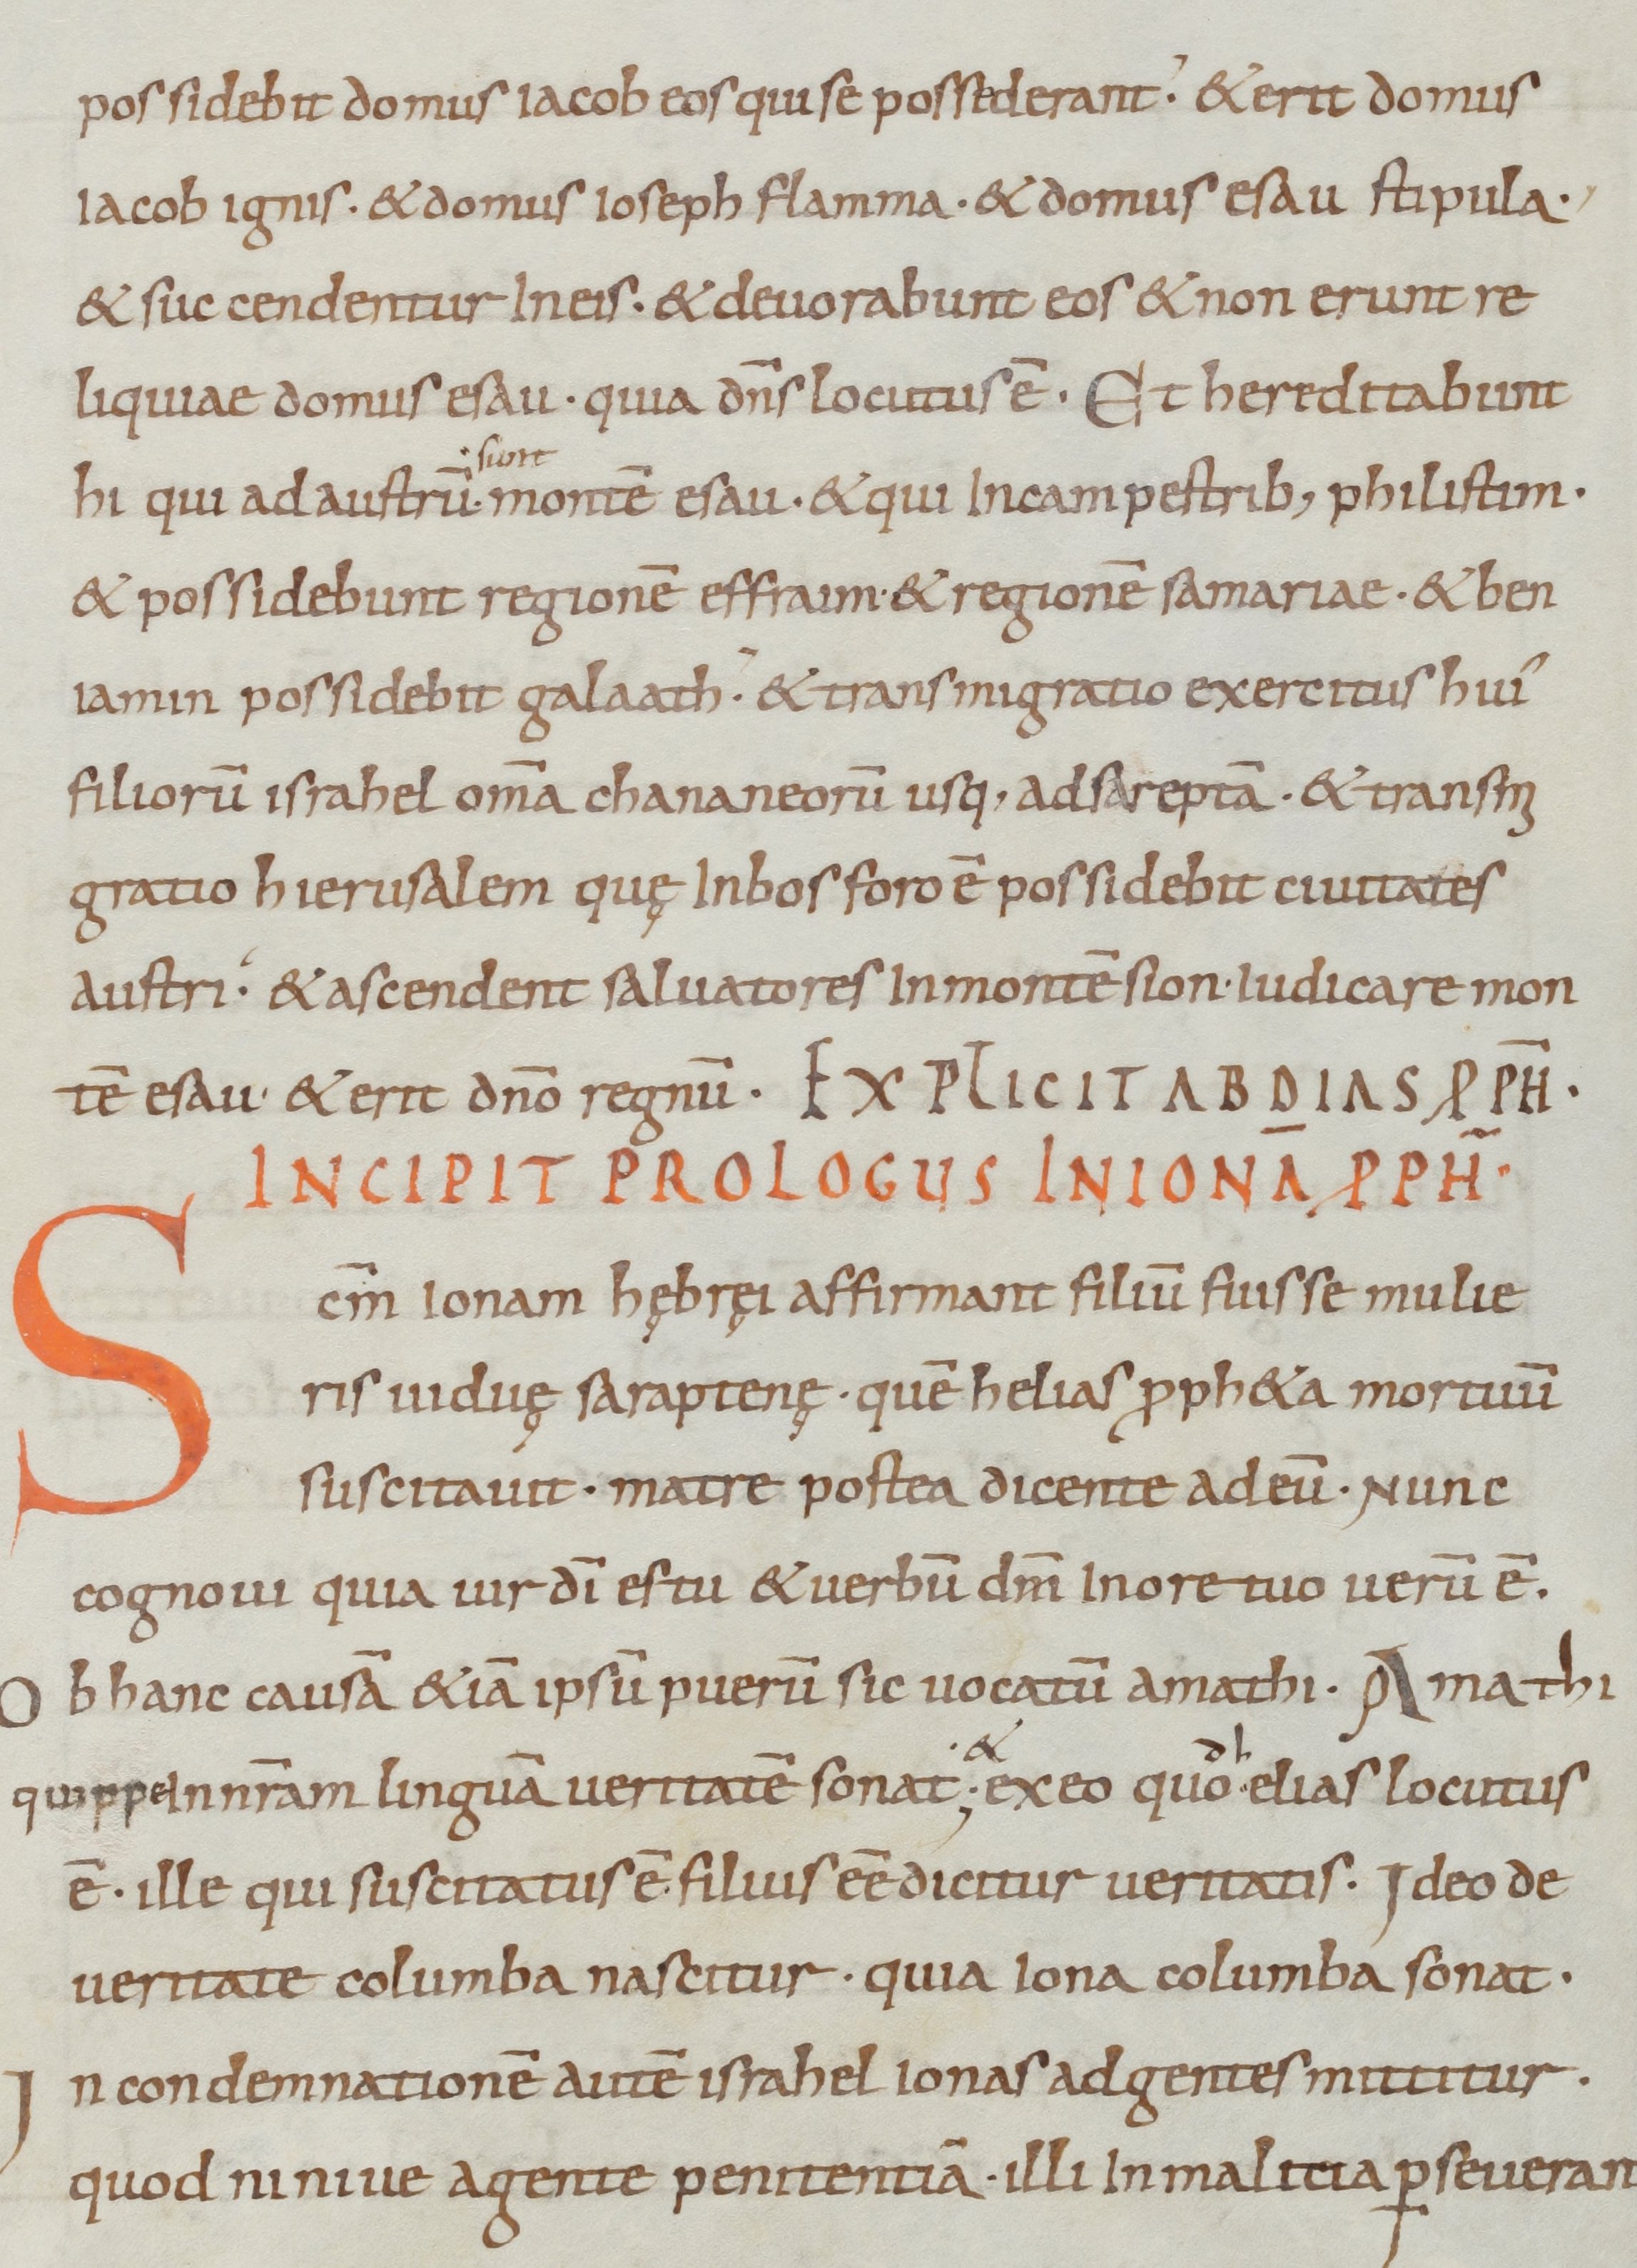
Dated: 800–899